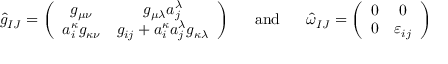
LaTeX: \begin{array} { c c c } { { \hat { g } _ { I J } = \left( \begin{array} { c c } { { g _ { \mu \nu } } } & { { g _ { \mu \lambda } a _ { j } ^ { \lambda } } } \\ { { a _ { i } ^ { \kappa } g _ { \kappa \nu } } } & { { g _ { i j } + a _ { i } ^ { \kappa } a _ { j } ^ { \lambda } g _ { \kappa \lambda } } } \end{array} \right) } } & { { \ \ \mathrm { a n d } \ \ } } & { { \hat { \omega } _ { I J } = \left( \begin{array} { c c } { { 0 } } & { { 0 } } \\ { { 0 } } & { { \varepsilon _ { i j } } } \end{array} \right) } } \end{array}